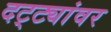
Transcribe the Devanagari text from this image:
दट्ट्यांवर